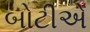
બોટીએ